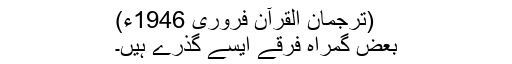
(ترجمان القرآن فروری 1946ء)
بعض گمراہ فرقے ایسے گذرے ہیں۔